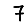
Digit: 7